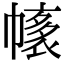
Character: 𢄴